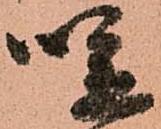
咲